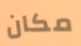
مكان